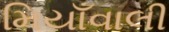
મિયાઁવાલી